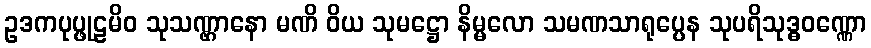
ဥဒကပုပ္ဖုဠမိဝ သုသဏ္ဌာနော မဏိ ဝိယ သုမဋ္ဌော နိမ္မလော သမဏသာရုပ္ပေန သုပရိသုဒ္ဓဝဏ္ဏော